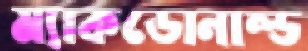
ম্যাকডোনাল্ড